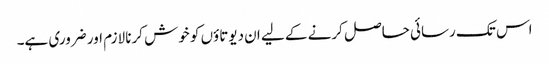
اس تک رسائی حاصل کرنے کے لیے ان دیوتاؤں کو خوش کرنا لازم اور ضروری ہے۔